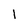
Character: 1